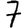
Digit: 7